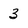
Character: 3